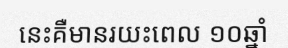
នេះគឺមានរយះពេល ១០ឆ្នាំ